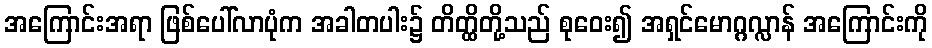
အကြောင်းအရာ ဖြစ်ပေါ်လာပုံက အခါတပါး၌ တိတ္ထိတို့သည် စုဝေး၍ အရှင်မောဂ္ဂလ္လာန် အကြောင်းကို